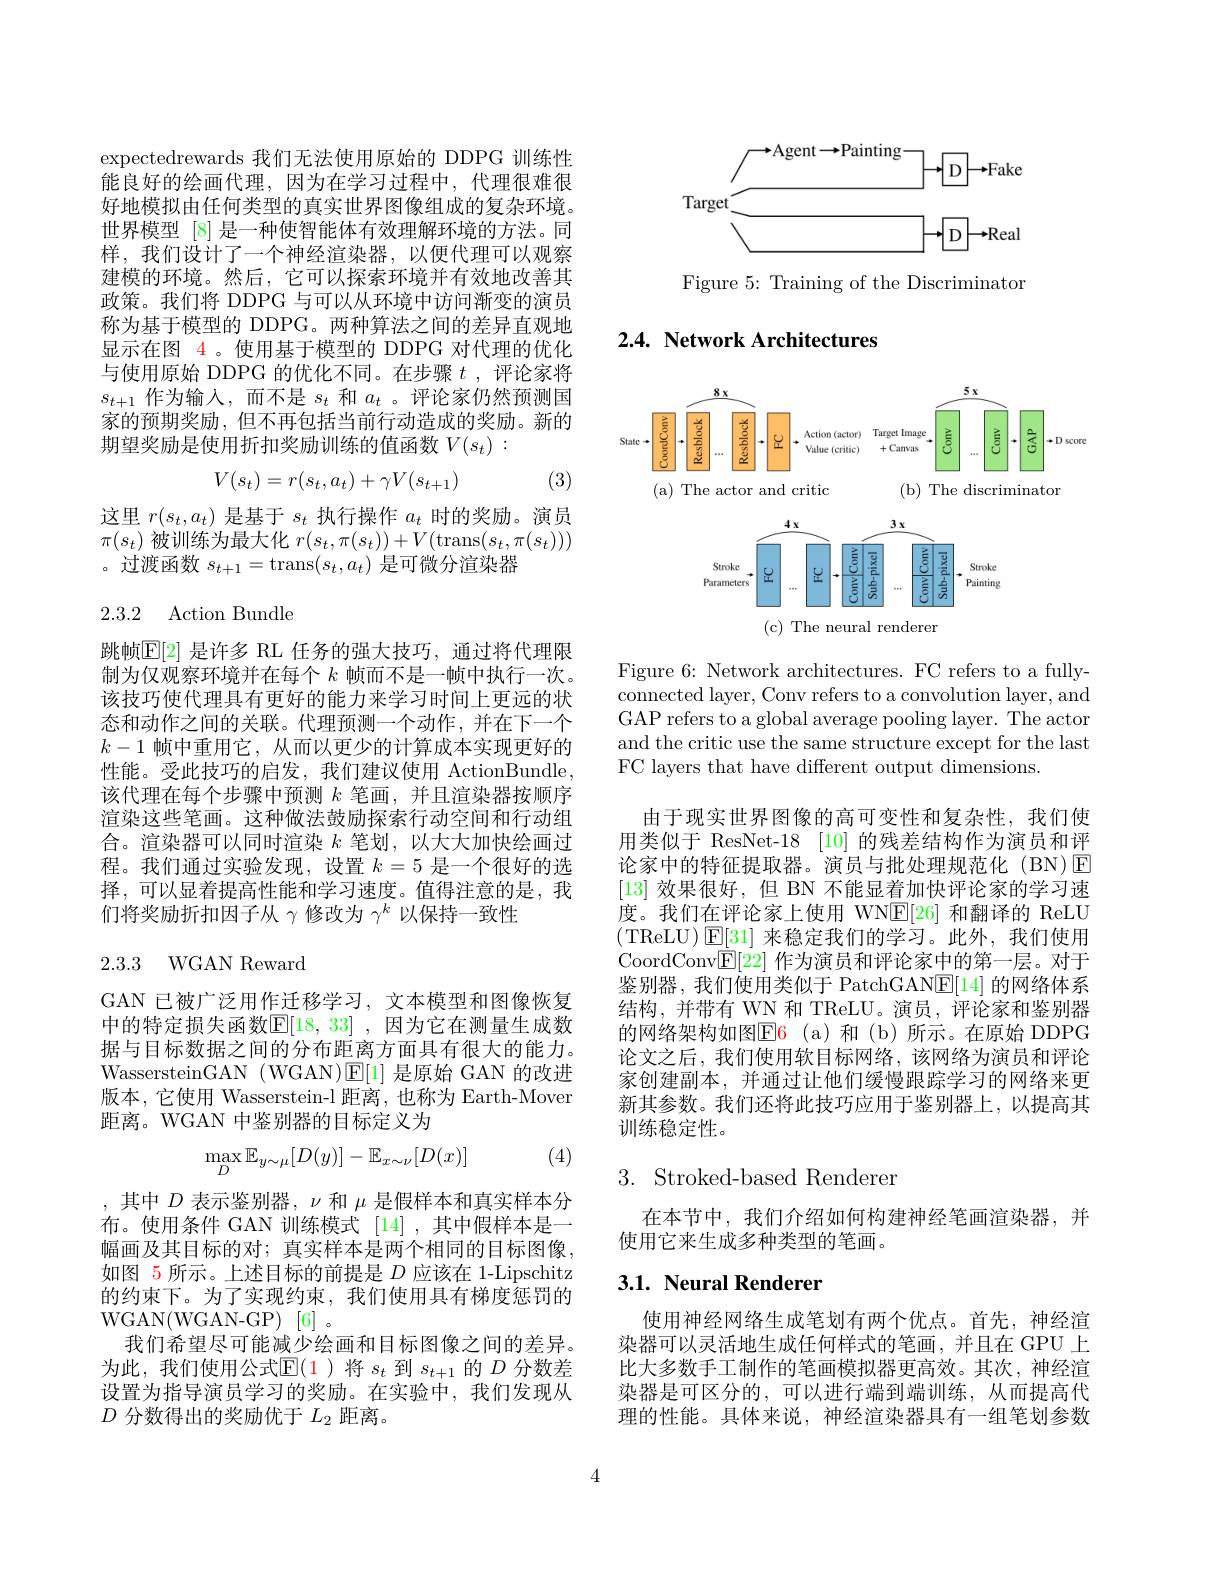
expectedrewards 我们无法使用原始的 DDPG 训练性能良好的绘画代理，因为在学习过程中，代理很难很好地模拟由任何类型的真实世界图像组成的复杂环境。世界模型 [8] 是一种使智能体有效理解环境的方法。同样，我们设计了一个神经渲染器，以便代理可以观察建模的环境。然后，它可以探索环境并有效地改善其政策。我们将 DDPG 与可以从环境中访问渐变的演员称为基于模型的 DDPG。两种算法之间的差异直观地显示在图 4 。使用基于模型的 DDPG 对代理的优化与使用原始 DDPG 的优化不同。在步骤$t$ ,评论家将$s_{t+1}$作为输入，而不是$s_t$和$a_t$ 。评论家仍然预测国家的预期奖励，但不再包括当前行动造成的奖励。新的期望奖励是使用折扣奖励训练的值函数$V(s_t):$
$$V(s_t)=r(s_t,a_t)+\gamma V(s_{t+1})$$
(3)

这里$r(s_t,a_t)$是基于$s_t$执行操作$a_t$时的奖励。演员$\pi(s_t)$被训练为最大化$r(s_t,\pi(s_t))+V($trans$(s_t,\pi(s_t)))$ 。过渡函数$s_t+1=$trans$(s_t,a_t)$是可微分渲染器

2.3.2 Action Bundle

跳帧$\mathbb{E}[2]$ 是许多 RL 任务的强大技巧，通过将代理限制为仅观察环境并在每个$k$帧而不是一帧中执行一次。该技巧使代理具有更好的能力来学习时间上更远的状态和动作之间的关联。代理预测一个动作，并在下一个$k-1$帧中重用它，从而以更少的计算成本实现更好的性能。受此技巧的启发，我们建议使用 ActionBundle, 该代理在每个步骤中预测$k$笔画，并且渲染器按顺序渲染这些笔画。这种做法鼓励探索行动空间和行动组合。渲染器可以同时渲染$k$笔划，以大大加快绘画过程。我们通过实验发现，设置$k=5$是一个很好的选择，可以显着提高性能和学习速度。值得注意的是，我们将奖励折扣因子从$\gamma$修改为$\gamma^k$以保持一致性

## 2.3.3 WGAN Reward

GAN 已被广泛用作迁移学习，文本模型和图像恢复中的特定损失函数$\mathbb{E}[18,33]$ ,因为它在测量生成数据与目标数据之间的分布距离方面具有很大的能力。WassersteinGAN (WGAN)$\operatorname{E}[1]$是原始 GAN 的改进版本，它使用 Wasserstein-l 距离，也称为 Earth-Mover 距离。WGAN 中鉴别器的目标定义为

(4)
$$\max_{D}\mathbb{E}_{y\sim\mu}[D(y)]-\mathbb{E}_{x\sim\nu}[D(x)]$$
,其中$D$表示鉴别器$,\nu$和$\mu$是假样本和真实样本分布。使用条件 GAN 训练模式「14]、其中假样本是一幅画及其目标的对；真实样本是两个相同的目标图像， 如图 5 所示。上述目标的前提是$D$应该在 1-Lipschitz 的约束下。为了实现约束，我们使用具有梯度惩罚的WGAN(WGAN-GP)[6]。
我们希望尽可能减少绘画和目标图像之间的差异。为此，我们使用公式$\mathbb{E}(\color{red}{1}$)将$s_t$到$s_t+1$的$D$分数差设置为指导演员学习的奖励。在实验中，我们发现从$D$分数得出的奖励优于$L_2$距离。

<FigureHere>

Figure 5: Training of the Discriminator

# 2.4. Network Architectures

<FigureHere>

Figure 6: Network architectures. FC refers to a fullyconnected layer, Conv refers to a convolution layer, and GAP refers to a global average pooling layer. The actor and the critic use the same structure except for the last FC layers that have different output dimensions.

由于现实世界图像的高可变性和复杂性，我们使用类似于 ResNet-18 [10] 的残差结构作为演员和评论家中的特征提取器。演员与批处理规范化 (BN)E [13]效果很好，但 BN 不能显着加快评论家的学习速度。我们在评论家上使用 WNE[26] 和翻译的 ReLU (TReLU)E[31] 来稳定我们的学习。此外，我们使用CoordConv$\underline{\mathrm{E}}[22]$作为演员和评论家中的第一层。对于鉴别器，我们使用类似于 PatchGAN$\boxed{\mathrm{E}}[14]$的网络体系结构，并带有 WN 和 TReLU。演员，评论家和鉴别器的网络架构如图$\color{red}{\mathrm{F6~(a)}}$和(b)所示。在原始 DDPG 论文之后，我们使用软目标网络，该网络为演员和评论家创建副本，并通过让他们缓慢跟踪学习的网络来更新其参数。我们还将此技巧应用于鉴别器上，以提高其训练稳定性。

# 3. Stroked-based Renderer

在本节中，我们介绍如何构建神经笔画渲染器，并
使用它来生成多种类型的笔画。

# 3.1. Neural Renderer

使用神经网络生成笔划有两个优点。首先，神经渲染器可以灵活地生成任何样式的笔画，并且在 GPU 上比大多数手工制作的笔画模拟器更高效。其次，神经渲染器是可区分的，可以进行端到端训练，从而提高代理的性能。具体来说，神经渲染器具有一组笔划参数

4